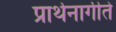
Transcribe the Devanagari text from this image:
प्रार्थनागीते